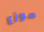
موزع